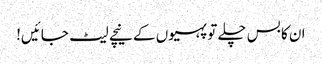
ان کا بس چلے تو پہیوں کے نیچے لیٹ جائیں!